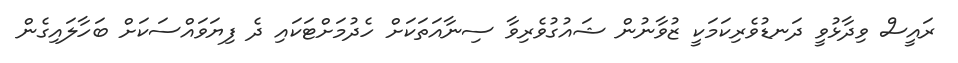
ރައީސް ވިދާޅުވީ ދަނޑުވެރިކަމަކީ ޒުވާނުން ޝައުގުވެރިވާ ސިނާއަތަކަށް ހެދުމަށްޓަކައި ދެ ފިޔަވައްސަކަށް ބަހާލައިގެން